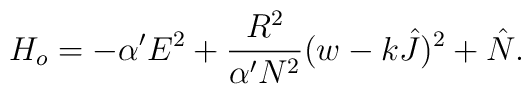
H_o = -\alpha^{\prime}E^2 +\frac{R^2}{\alpha^{\prime}N^2}(w -k\hat J)^2 + \hat N.